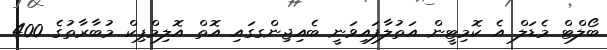
ބޯލްޓް މެޑަލް އެ ކޮމިޓީން އަތުލާފައިވަނީ ބެއިޖިންގގައި އޮތް އޮލިމްޕިކް މުބާރާތުގެ 400